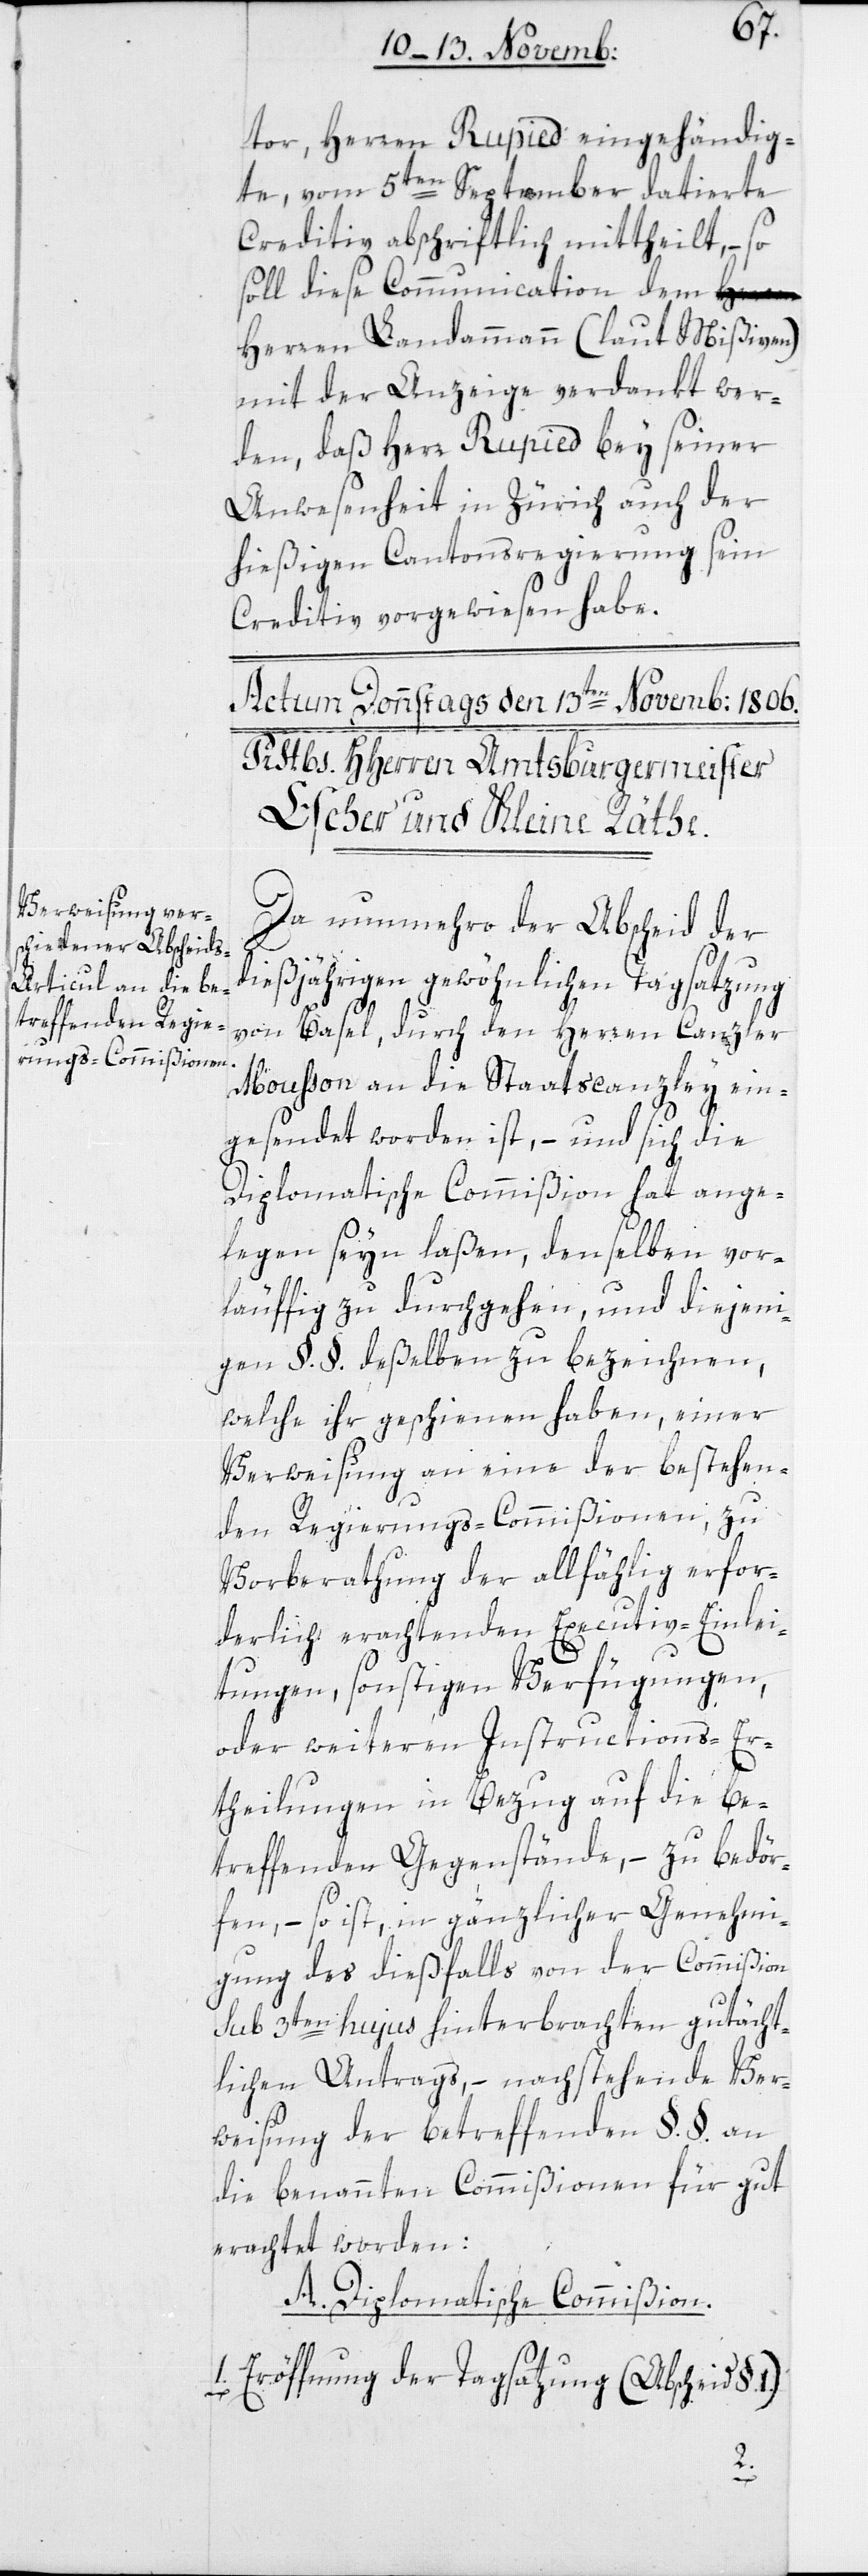
tor, Herren Rupied, eingehändig¬
te, vom 5ten September datierte
Creditiv abschriftlich mittheilt, – so
soll diese Communication dem H¬
erren Landammann (laut Mißiven)
mit der Anzeige verdankt wer¬
den, daß Herr Rupied bey seiner
Anwesenheit in Zürich auch der
hießigen Cantonsregierung sein
Creditiv vorgewiesen habe.
Da nunmehro der Abscheid der
dießjährigen gewöhnlichen Tagsatzung
von Basel, durch den Herren Canzler
Moußon an die Staatscanzley ein¬
gesendet worden ist, – und sich die
Diplomatische Commißion hat ange¬
legen seyn laßen, denselben vor¬
läufig zu durchgehen, und diejeni¬
gen §. §. deßelben zu bezeichnen,
welche ihr geschienen haben, einer
Verweisung an eine der bestehen¬
den Regierungs-Commißionen, zu
Vorberathung der allfählig erfor¬
derlich erachtenden Executiv-Einlei¬
tungen, sonstigen Verfügungen,
oder weiteren Instructions-Er¬
theilungen in Bezug auf die be¬
treffenden Gegenstände, – zu bedör¬
fen, – so ist, in gänzlicher Genehmi¬
gung des dießfalls von der Commißion
sub 3ten hujus hinterbrachten gutächt¬
lichen Antrags, – nachstehende Ver¬
weisung der betreffenden §. §. an
die benannten Commißionen für gut
erachtet worden:
A. Diplomatische Commißion.
1. Eröffnung der Tagsatzung (Abscheid §.